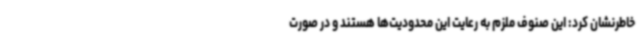
خاطرنشان کرد: این صنوف ملزم به رعایت این محدودیت‌ها هستند و در صورت